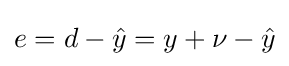
e=d-{\hat {y}}=y+\nu -{\hat {y}}